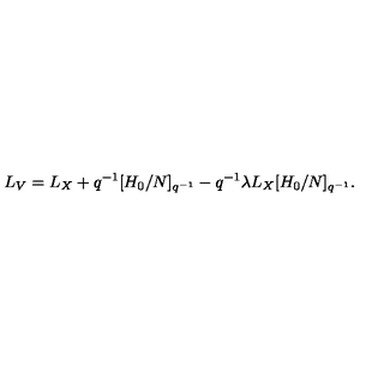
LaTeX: L _ { V } = L _ { X } + q ^ { - 1 } [ H _ { 0 } / N ] _ { q ^ { - 1 } } - q ^ { - 1 } \lambda L _ { X } [ H _ { 0 } / N ] _ { q ^ { - 1 } } .